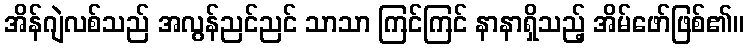
အိန်ဂျဲလစ်သည် အလွန်ညင်ညင် သာသာ ကြင်ကြင် နာနာရှိသည့် အိမ်ဖော်ဖြစ်၏။